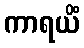
ကာရယိံ